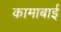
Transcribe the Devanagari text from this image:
कामाबाई